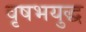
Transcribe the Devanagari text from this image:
वृषभयुद्ध